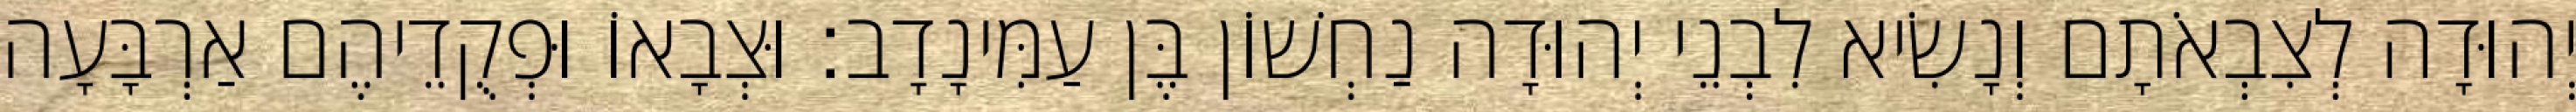
יְהוּדָה לְצִבְאֹתָם וְנָשִׂיא לִבְנֵי יְהוּדָה נַחְשׁוֹן בֶּן עַמִּינָדָב׃ וּצְבָאוֹ וּפְקֻדֵיהֶם אַרְבָּעָה